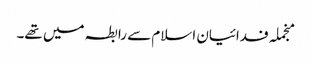
منجملہ فدائیان اسلام سے رابطہ میں تھے۔